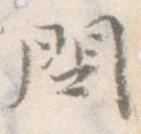
問